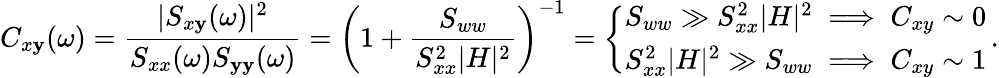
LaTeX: C_{x\mathbf{y}}(\omega)=\frac{{|S_{x\mathbf{y}}(\omega)|^{2}}}{{S_{xx}(\omega)S_{\mathbf{y}\mathbf{y}}(\omega)}}=\biggl(1+\frac{{S_{ww}}}{{S_{xx}^{2}|H|^{2}}}\biggr)^{-1}=\left\{ \begin{array}{ll}{S_{ww}\gg S_{xx}^{2}|H|^{2}\implies C_{xy}\sim 0}\\ {S_{xx}^{2}|H|^{2}\gg S_{ww}\implies C_{xy}\sim 1}\end{array}\right.\, .